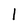
Character: 1